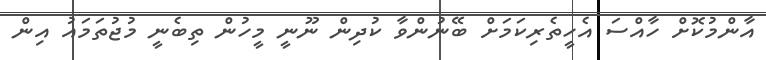
އާންމުކޮށް ހާއްސަ އެހީތެރިކަމަށް ބޭނުންވާ ކުދިން ނޫނީ މީހުން ތިބެނީ މުޖުތަމައު އިން